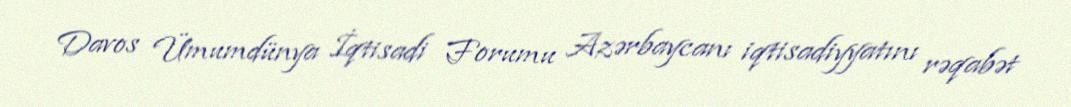
Davos Ümumdünya İqtisadi Forumu Azərbaycanı iqtisadiyyatını rəqabət